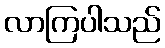
လာကြပါသည်